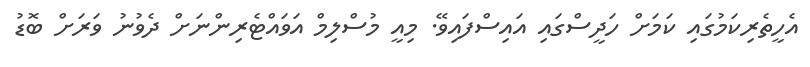
އެހީތެރިކަމުގައި ކަމަށް ހަދީސްގައި އައިސްފައިވޭ. މިއީ މުސްލިމް އަވައްޓެރިންނަށް ދެވުނު ވަރަށް ބޮޑު